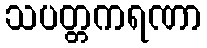
သပတ္တကရဏာ